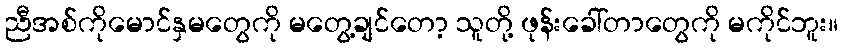
ညီအစ်ကိုမောင်နှမတွေကို မတွေ့ချင်တော့ သူတို့ ဖုန်းခေါ်တာတွေကို မကိုင်ဘူး။